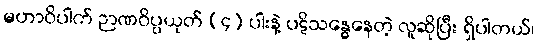
မဟာဝိပါက် ဉာဏဝိပ္ပယုတ် (၄) ပါးနဲ့ ပဋိသန္ဓေနေတဲ့ လူဆိုပြီး ရှိပါတယ်၊